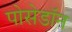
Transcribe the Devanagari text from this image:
पोसेडॉन